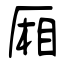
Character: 厢